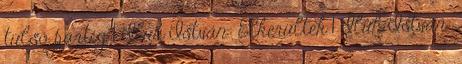
túlsó partig 1 Iluh István: Elkerültek 1 Iluh István: